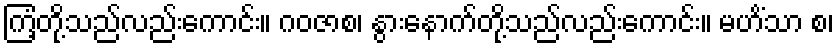
ကြံ့တို့သည်လည်းကောင်း။ ဂဝဇာစ၊ နွားနောက်တို့သည်လည်းကောင်း။ မဟိံသာ စ၊